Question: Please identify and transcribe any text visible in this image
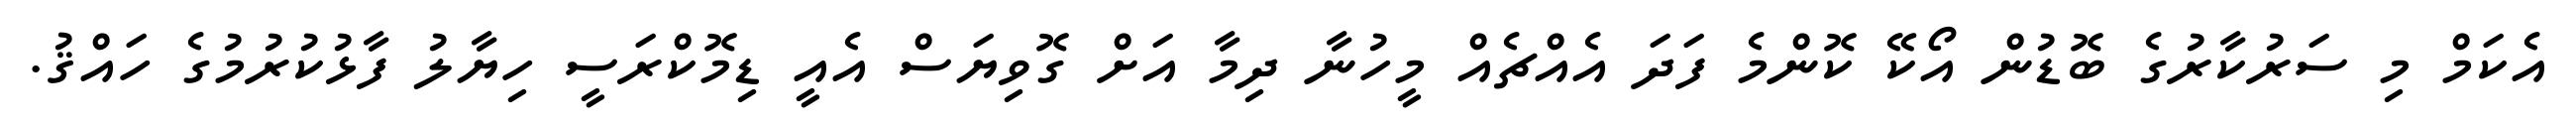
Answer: އެކަމް މި ސަރުކާރުގެ ބޮޑުން އޯކޭ ކޮންމެ ފަދަ އެއްޗެއް މީހުނާ ދިމާ އަށް ގޮވިޔަސް އެއީ ޑިމޮކްރަސީ ހިޔާލު ފާޅުކުރުމުގެ ހައްޤު.